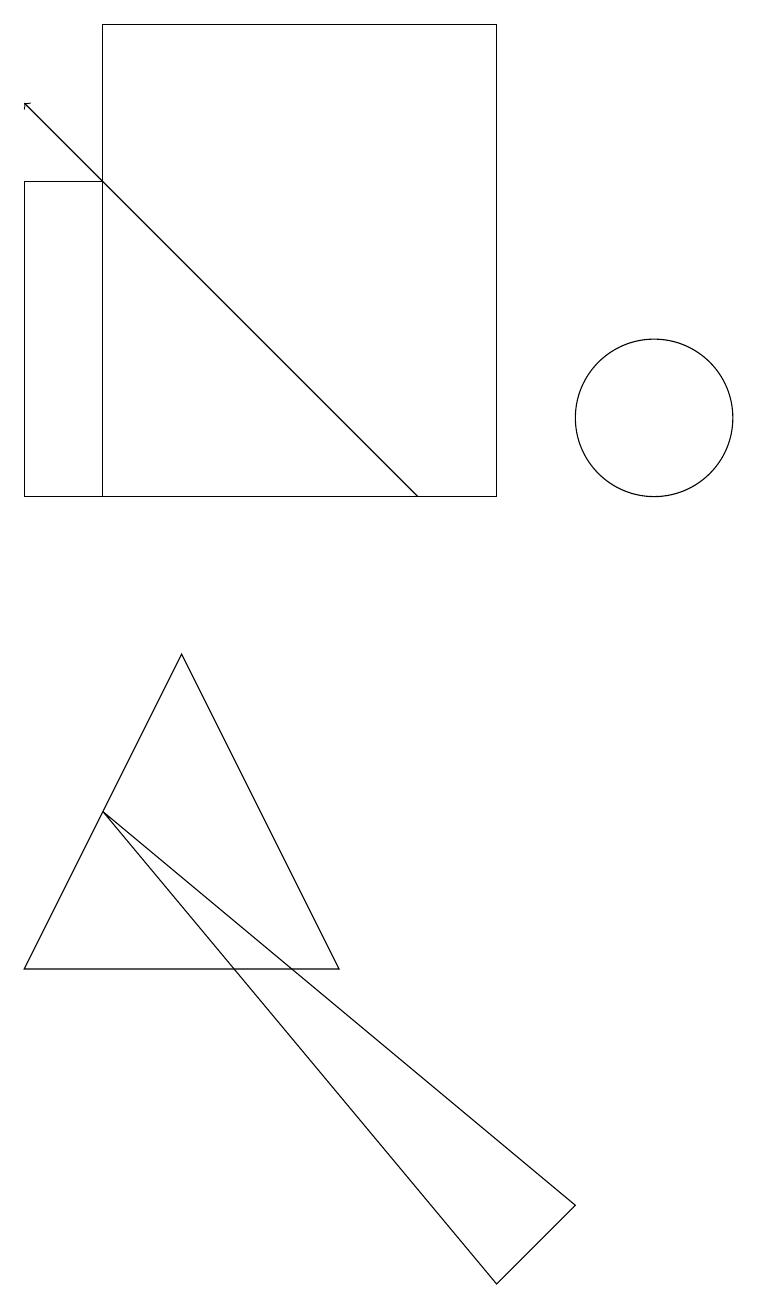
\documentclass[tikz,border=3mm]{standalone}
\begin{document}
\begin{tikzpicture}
\draw (2,10) rectangle (3,14);
\draw (10,11) circle (1);
\draw (8,0) -- (3,6) -- (9,1) -- cycle;
\draw (8,10) rectangle (3,16);
\draw[->] (7,10) -- (2,15);
\draw (4,8) -- (6,4) -- (2,4) -- cycle;
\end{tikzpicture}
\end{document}